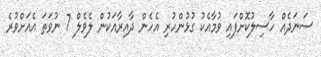
ސަނަދެއް ހާސިލުކޮށްފައި ވުމާއެކު ގުޅުންހުރި އެހެން ދާއިރާއަކުން ލެވެލް 7 ނުވަތަ އެއަށްވުރެ